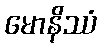
မောနိဿံ